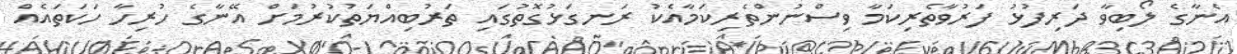
އެނާގެ ލޯބިވާ ދަރިފުޅު ފަރުވާތެރިކަމާ ވިސްނުންތެރިކަމާއެކު ރަނގަޅުގޮތުގައި ތަރުބިއްޔަތުކުރުމަށް އޭނާގެ ހުރިހާ ހަކަތައެއް